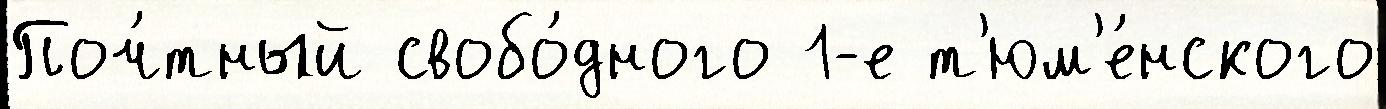
Поч́тный свобо́дного 1-е т'юм'е́нского